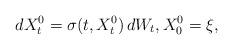
LaTeX: \begin{align*}dX^0_t = \sigma(t,X^0_t)\,dW_t, X^0_0 = \xi,\end{align*}